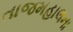
તાજમહાલના